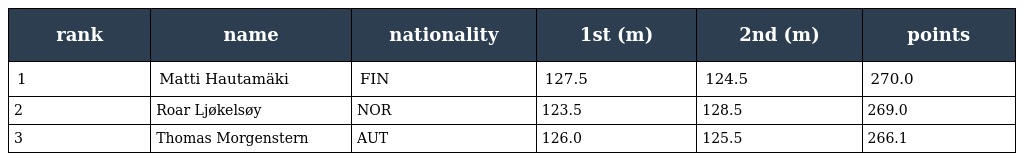
| rank | name | nationality | 1st (m) | 2nd (m) | points |
 | --- | --- | --- | --- | --- | --- |
 | 1 | Matti Hautamäki | FIN | 127.5 | 124.5 | 270.0 |
 | 2 | Roar Ljøkelsøy | NOR | 123.5 | 128.5 | 269.0 |
 | 3 | Thomas Morgenstern | AUT | 126.0 | 125.5 | 266.1 |